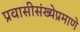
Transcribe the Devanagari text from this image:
प्रवासीसंख्येप्रमाणे